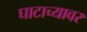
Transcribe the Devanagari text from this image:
घाटाच्यावर